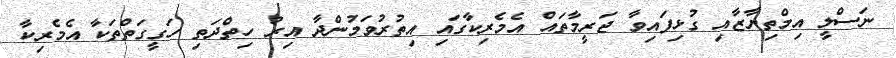
ނަސްލީ އިމްތިޔާޒާއި ގުޅިފައިވާ ޖަރީމާތައް އެމެރިކާގައި އިތުރުވަމުންދާ އިރު ހިތްދަތި ހަގީގަތްތަކާ އެމެރިކާ